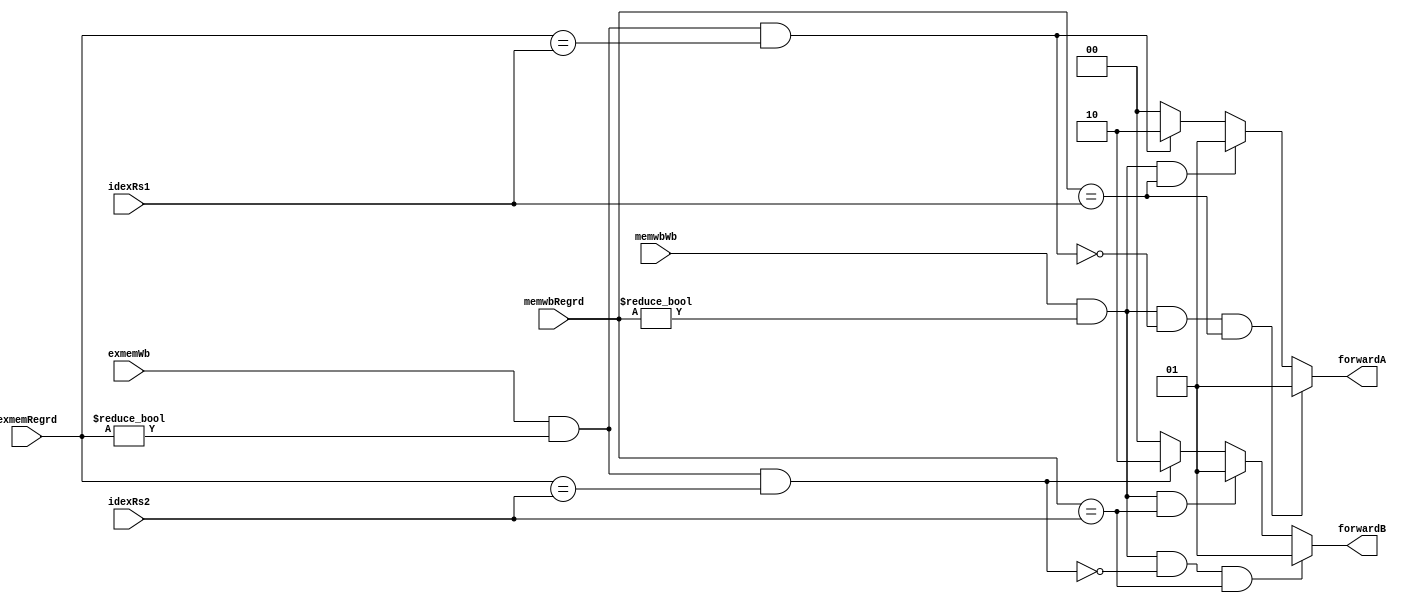

module FORWARDUNIT(
	input [4:0] idexRs1, idexRs2,
	input [4:0] exmemRegrd, memwbRegrd,
	input exmemWb, memwbWb,

	output reg[1:0] forwardA, forwardB
);

	always@(*)
	begin
		forwardA = 2'b00;
		forwardB = 2'b00;

		if(exmemWb && exmemRegrd != 0 && exmemRegrd == idexRs1)
			forwardA = 2'b10;
		if(exmemWb && exmemRegrd != 0 && exmemRegrd == idexRs2)
			forwardB = 2'b10;


		if(memwbWb && memwbRegrd != 0 && memwbRegrd == idexRs1)
			forwardA = 2'b01;
		if(memwbWb && memwbRegrd != 0 && memwbRegrd == idexRs2)
			forwardB = 2'b01;


		if(memwbWb && memwbRegrd != 0 && 
			!(exmemWb && exmemRegrd != 0 && exmemRegrd == idexRs1) &&
			memwbRegrd == idexRs1)
			forwardA = 2'b01;

		if(memwbWb && memwbRegrd != 0 &&
			!(exmemWb && exmemRegrd != 0 && exmemRegrd == idexRs2) &&
			memwbRegrd == idexRs2)
			forwardB = 2'b01;
	end
	
	endmodule